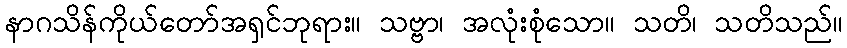
နာဂသိန်ကိုယ်တော်အရှင်ဘုရား။ သဗ္ဗာ၊ အလုံးစုံသော။ သတိ၊ သတိသည်။